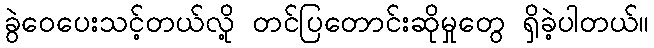
ခွဲဝေပေးသင့်တယ်လို့ တင်ပြတောင်းဆိုမှုတွေ ရှိခဲ့ပါတယ်။